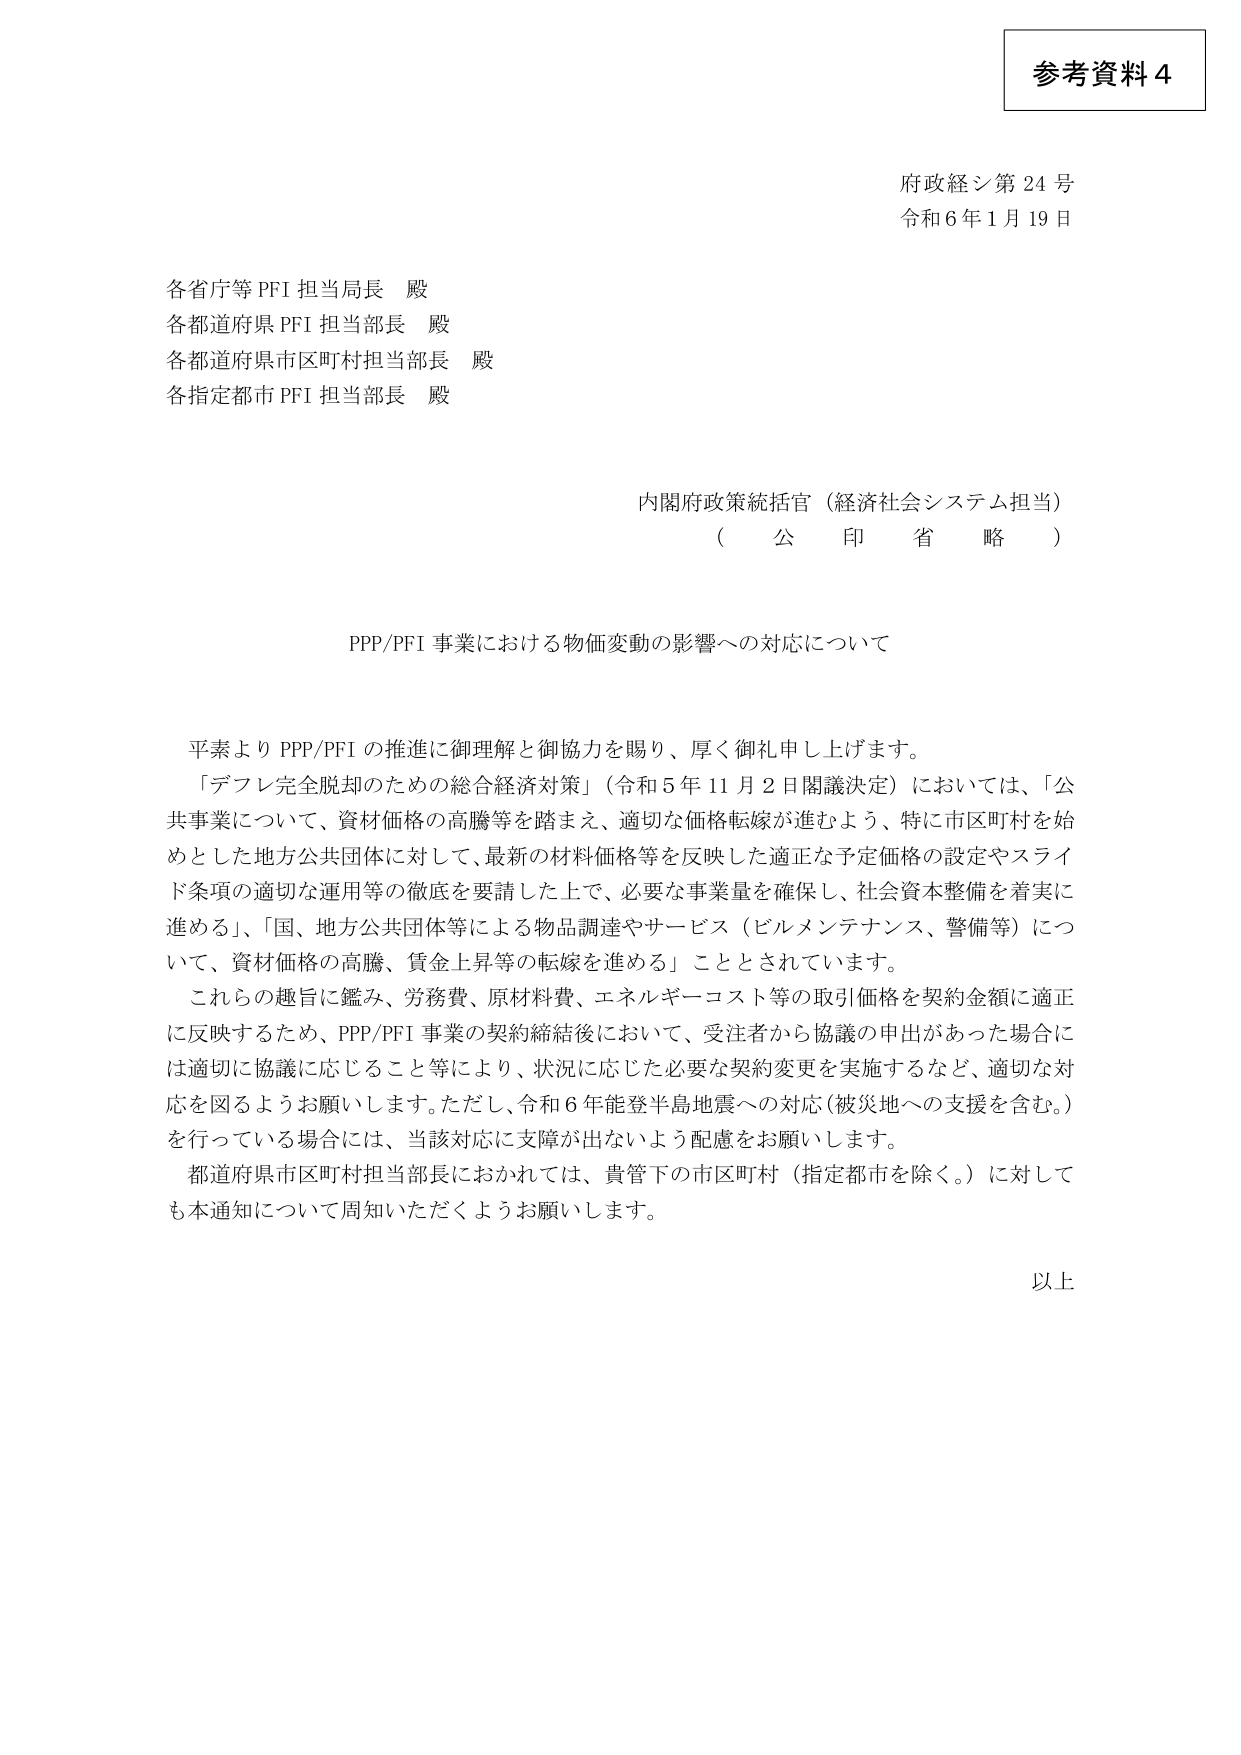
参考資料４

府政経シ第24号
令和6年1月19日

各省庁等PFI担当局長 殿
各都道府県PFI担当部長 殿
各都道府県市区町村担当部長 殿
各指定都市PFI担当部長 殿

内閣府政策統括官（経済社会システム担当）
（公印省略）

PPP/PFI事業における物価変動の影響への対応について

平素よりPPP/PFIの推進に御理解と御協力を賜り、厚く御礼申し上げます。
「デフレ完全脱却のための総合経済対策」（令和5年11月2日閣議決定）においては、「公共事業について、資材価格の高騰等を踏まえ、適切な価格転嫁が進むよう、特に市区町村を始めとした地方公共団体に対して、最新の材料価格等を反映した適正な予定価格の設定やスライド条項の適切な運用等の徹底を要請した上で、必要な事業量を確保し、社会資本整備を着実に進める」、「国、地方公共団体等による物品調達やサービス（ビルメンテナンス、警備等）について、資材価格の高騰、賃金上昇等の転嫁を進める」こととされています。
これらの趣旨に鑑み、労務費、原材料費、エネルギーコスト等の取引価格を契約金額に適正に反映するため、PPP/PFI事業の契約締結後において、受注者から協議の申出があった場合には適切に協議に応じること等により、状況に応じた必要な契約変更を実施するなど、適切な対応を図るようお願いします。ただし、令和6年能登半島地震への対応（被災地への支援を含む。）を行っている場合には、当該対応に支障が出ないよう配慮をお願いします。
都道府県市区町村担当部長におかれては、貴管下の市区町村（指定都市を除く。）に対しても本通知について周知いただくようお願いします。

以上